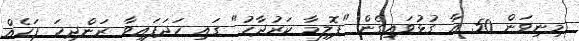
މިނިވަން 50 އާ ގުޅުވައިގެން "ޕޮލިމާ ކަރުދާހު" ގައި ހަދަފައިވާ ރަންދިހަ ފަހެއް